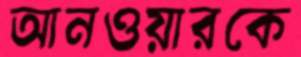
আনওয়ারকে